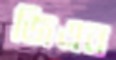
জিএন